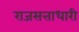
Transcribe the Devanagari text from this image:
राजसत्ताधारी